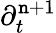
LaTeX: \partial_{t}^{\mathtt{n}+1}